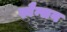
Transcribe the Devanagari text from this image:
स्वैन्सन